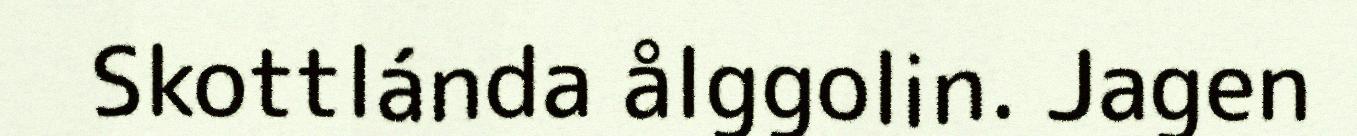
Skottlánda ålggolin. Jagen